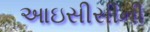
આઇસીસીની